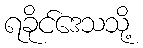
ရခိုင်ဒေသသို့